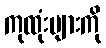
ကုထုံးများကို